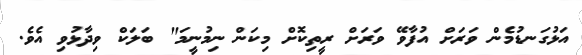
އަޅުގަނޑުމެން ވަރަށް އުފާވޭ ވަރަށް ރީތިކޮށް މިކަން ނިމުނީމަ" ބަލަކް ވިދާޅުވި އެވެ.